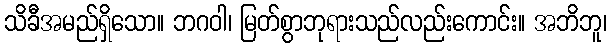
သိခီအမည်ရှိသော။ ဘဂဝါ၊ မြတ်စွာဘုရားသည်လည်းကောင်း။ အဘိဘူ၊